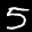
Label: 5